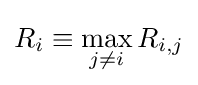
R_{i}\equiv \max _{j\neq i}R_{i,j}